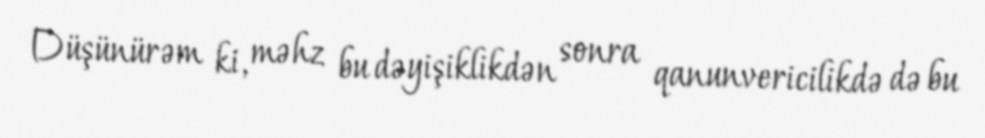
Düşünürəm ki, məhz bu dəyişiklikdən sonra qanunvericilikdə də bu